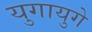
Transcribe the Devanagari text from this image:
युगायुगे